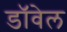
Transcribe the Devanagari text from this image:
डॉवेल